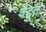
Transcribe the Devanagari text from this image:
वैद्दुत